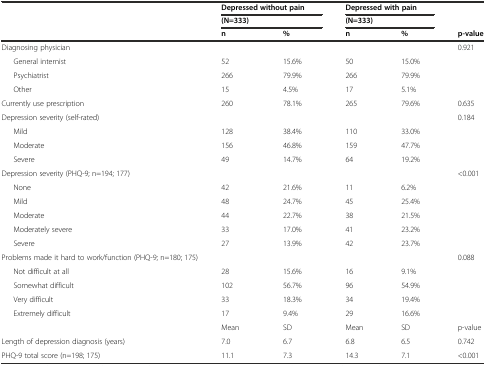
|  | <COLSPAN=2> Depressed without pain | <COLSPAN=2> Depressed with pain |  |
 |  | <COLSPAN=2> (N=333) | <COLSPAN=2> (N=333) |  |
 |  | n | % | n | % | p-value |
 | --- | --- | --- | --- | --- | --- |
 | Diagnosing physician |  |  |  |  | 0.921 |
 | General internist | 52 | 15.6% | 50 | 15.0% |  |
 | Psychiatrist | 266 | 79.9% | 266 | 79.9% |  |
 | Other | 15 | 4.5% | 17 | 5.1% |  |
 | Currently use prescription | 260 | 78.1% | 265 | 79.6% | 0.635 |
 | Depression severity (self-rated) |  |  |  |  | 0.184 |
 | Mild | 128 | 38.4% | 110 | 33.0% |  |
 | Moderate | 156 | 46.8% | 159 | 47.7% |  |
 | Severe | 49 | 14.7% | 64 | 19.2% |  |
 | Depression severity (PHQ-9; n=194; 177) |  |  |  |  | <0.001 |
 | None | 42 | 21.6% | 11 | 6.2% |  |
 | Mild | 48 | 24.7% | 45 | 25.4% |  |
 | Moderate | 44 | 22.7% | 38 | 21.5% |  |
 | Moderately severe | 33 | 17.0% | 41 | 23.2% |  |
 | Severe | 27 | 13.9% | 42 | 23.7% |  |
 | Problems made it hard to work/function (PHQ-9; n=180; 175) |  |  |  |  | 0.088 |
 | Not difficult at all | 28 | 15.6% | 16 | 9.1% |  |
 | Somewhat difficult | 102 | 56.7% | 96 | 54.9% |  |
 | Very difficult | 33 | 18.3% | 34 | 19.4% |  |
 | Extremely difficult | 17 | 9.4% | 29 | 16.6% |  |
 |  | Mean | SD | Mean | SD | p-value |
 | Length of depression diagnosis (years) | 7.0 | 6.7 | 6.8 | 6.5 | 0.742 |
 | PHQ-9 total score (n=198; 175) | 11.1 | 7.3 | 14.3 | 7.1 | <0.001 |